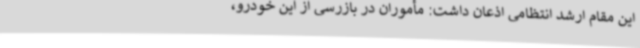
این مقام ارشد انتظامی اذعان داشت: مأموران در بازرسی از این خودرو،